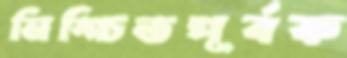
নিশ্চিতপূর্বক